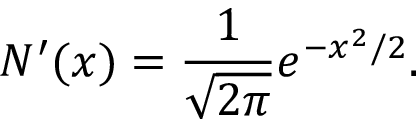
N ^ { \prime } ( x ) = { \frac { 1 } { \sqrt { 2 \pi } } } e ^ { - x ^ { 2 } / 2 } .